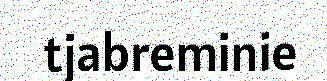
tjabreminie